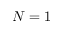
N = 1